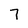
Character: 7